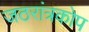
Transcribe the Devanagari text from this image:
जठरांत्रकोप